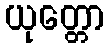
ယုတ္တော